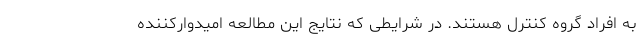
به افراد گروه کنترل هستند. در شرایطی که نتایج این مطالعه امیدوارکننده